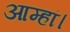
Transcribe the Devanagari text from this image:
आम्हां।